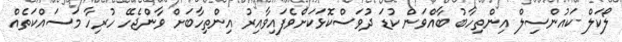
ލޯކަލް ކައުންސިލް އިންތިހާބު ބާއްވަން ކުޑަ ދުވަސްކޮޅަކަށްވެފައިވާއިރު އިންތިހާބަށް ވާންޖެހޭ ހުރިހާ މަސައްކަތެއް